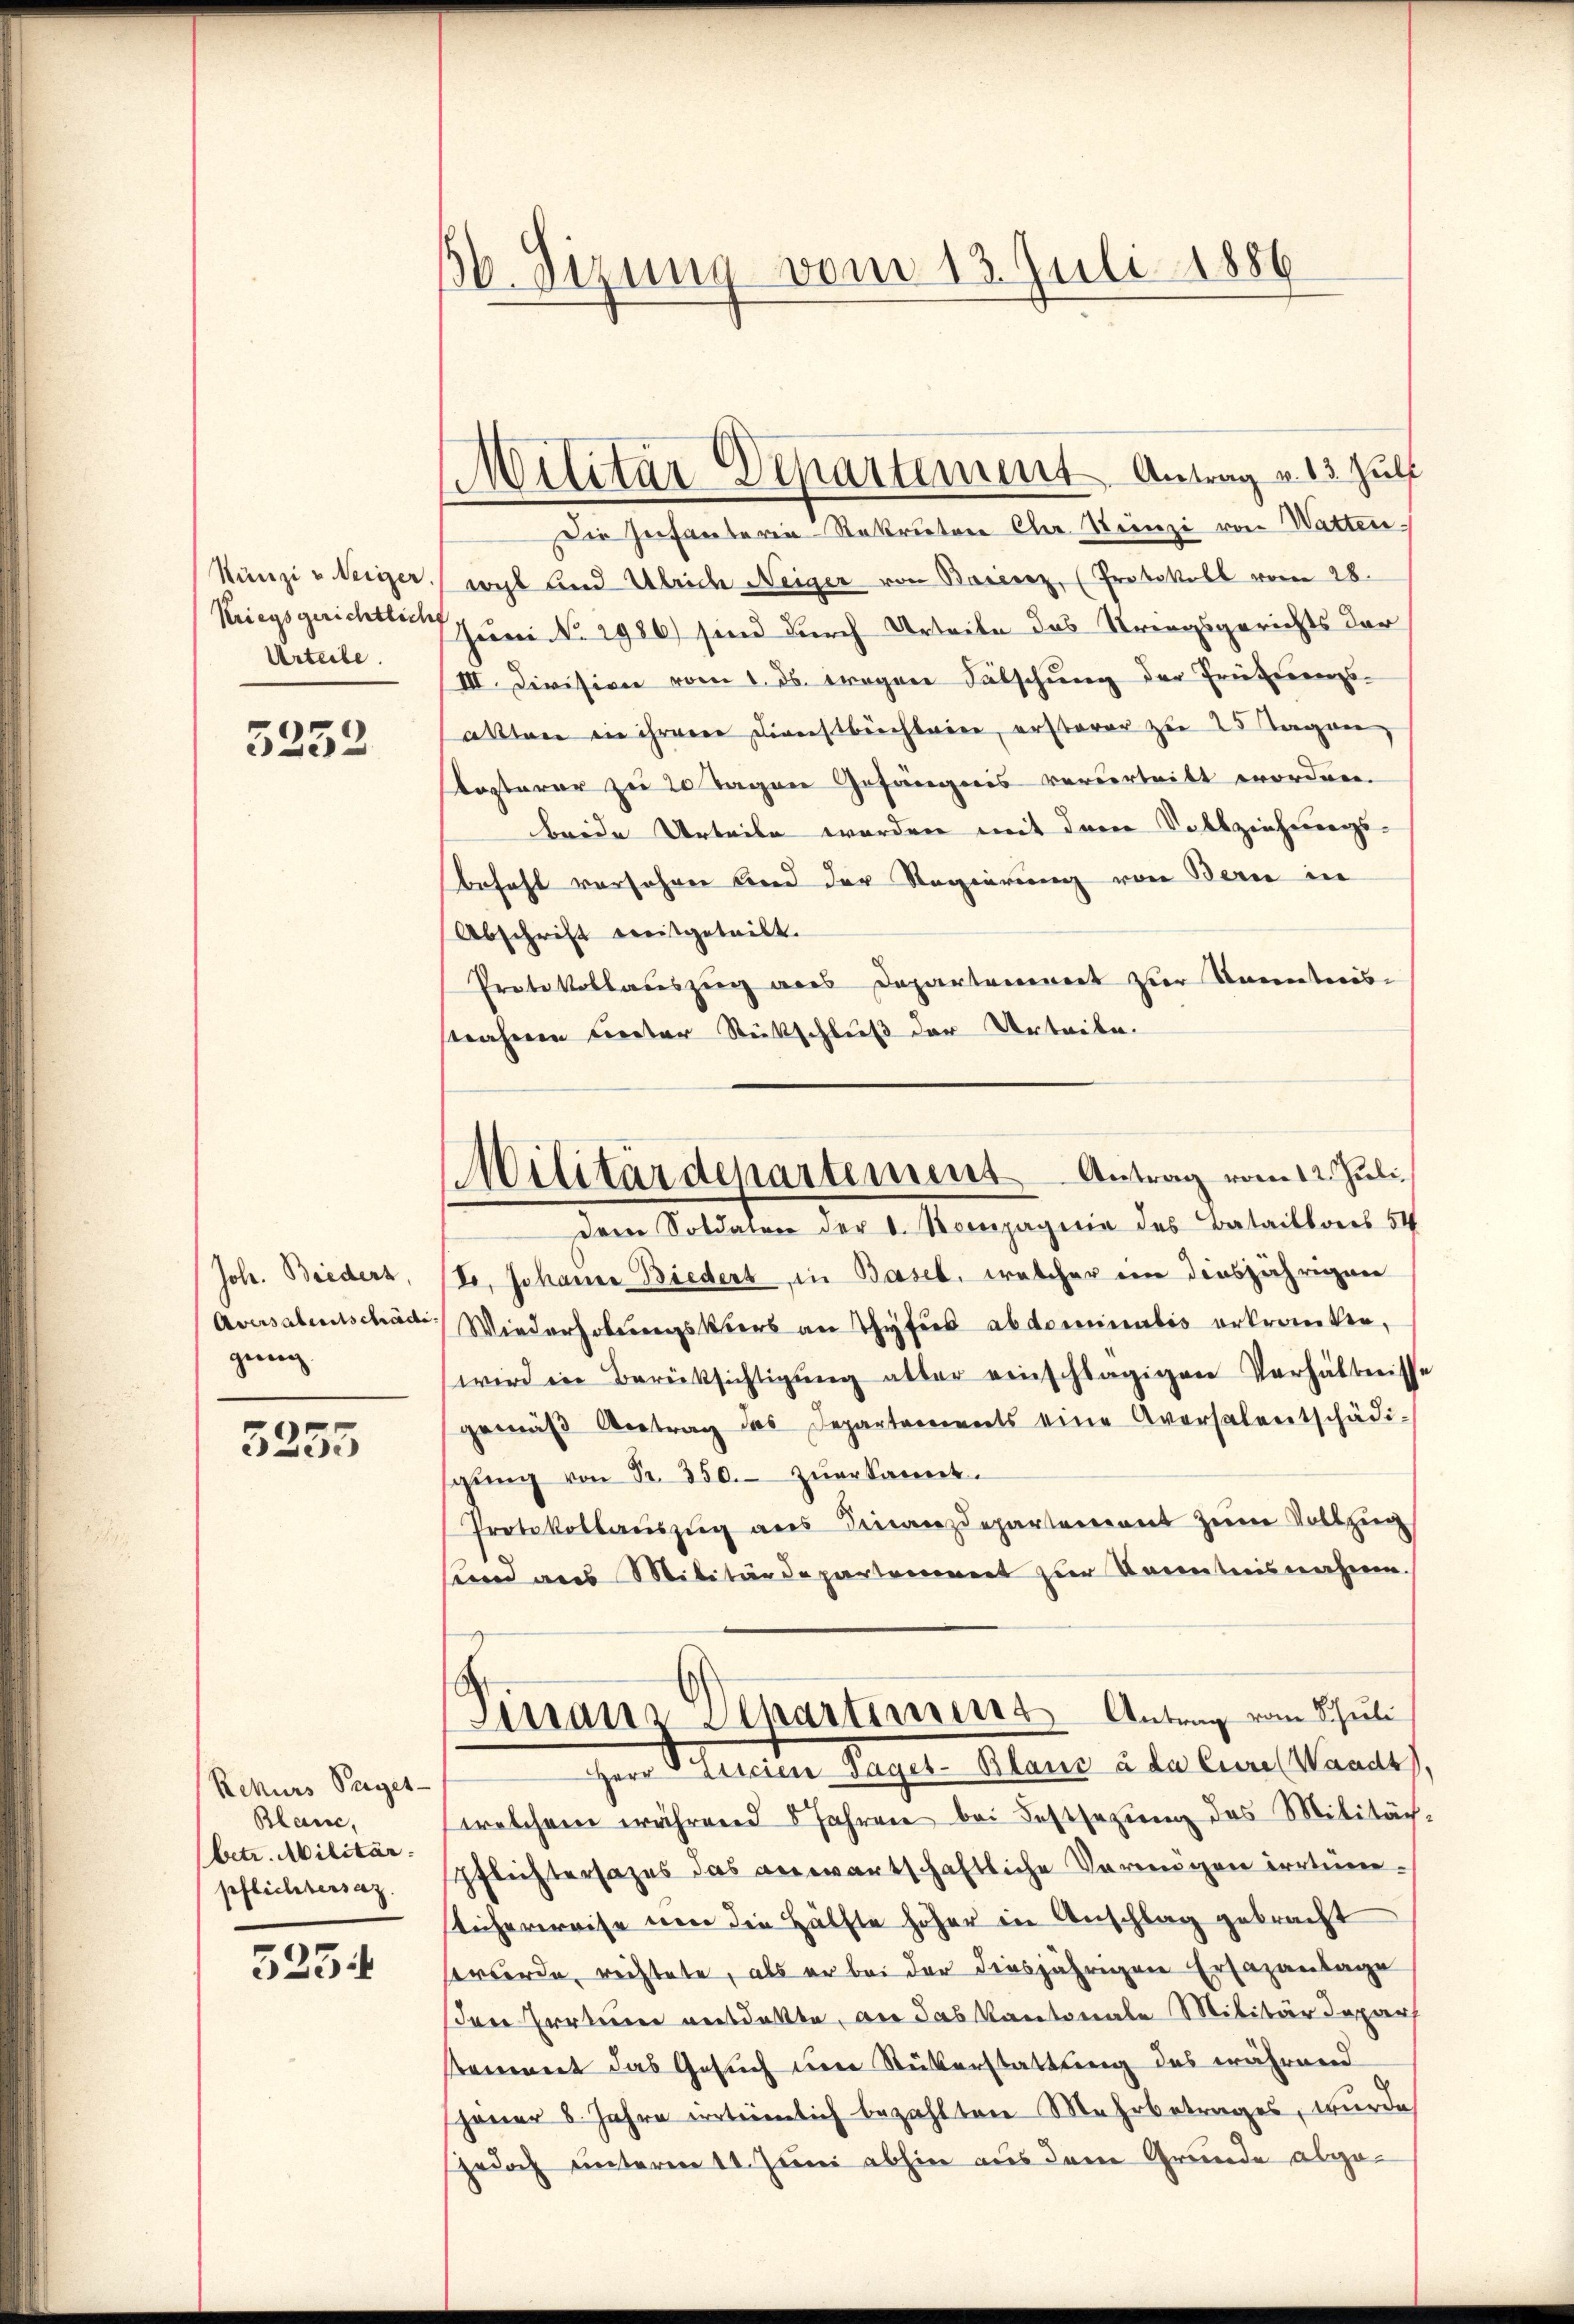
Künzi u. Weiger.
Kriegsgerichtlich
Urteile.

5232

Joh. Biedert,
Aversalentschädi
gung

5255

Rekurs Pages-
Blanc,
betr. Militär
pflichtersaz

523.

6 Sizung vom 13. Juli 1886

Wilitär-Departement Antrag v. 13 Jul

Militärdepartemens Antrag vom 12. Juli

Die Infanteren Rekruten Cher Steinzi von Watten.
wacht sind Ulriche Neiger von Bavierz, (Protokoll vom 28.
Juni No 2986) sind durch Urtrete das Kriegsgerichts der
III. Division vom 1. ds. wegen Fälschung der Trüeterenzs-
akter die ihrere Dienstbüchleien, ersterer zu 25 Tagen,
losterer zu 20 Tagen Gefängnis ververtritt worden.
brede Urteile werden mit dem Vollziehungsbehaft verschen und der Regierung von Bern in
Abschrift weitgeteilt.
Protokollauszug aus Departement zur Kenntnis-
straheren Creiter Rückschluß der Urteile.
dem Soldaten der d. Kompagnie des Bataillons 54
I, Johanne Biedert, in Basel, welcher ein diesjährigen
Wiederholungskurs an Thyfers abdominatis erkranken,
wird in Berücksichtigŭng alter einschlägigen Verhältnisse
gemäβ Antrag des Departements eine Aversalentschädi-
sgŭng von Fr. 350.- zŭerkannt.
Protokollaŭszŭg ans Finanzdepartement zum Vollzung
sind aus Militärdepartement zur Kenntnisnahme.
Sissans Departiniers Antrag vom Schuli
Herr Discien Tages-Blanc à da Eure (Waadt
welchem während 8 Jahren bei Festsezung des Militäch¬
Pflichtersages das anwartschaftliche Vermögen irrtüme
licherweise non die Hälfte höher in Anschlag gebracht
s werde, richtete, als er bei der diesjährigen Ersazantage
en Irrtum ausdatte, an das Kantonale Militärdepar
tement das Gesuch um Rükerstattung des während
jaŭer 8. Jahre erteimlich bezahlten Mehrbetrages, wurde
Jedoch unterm 11. Juni abhin aus dem Grunde abge¬